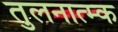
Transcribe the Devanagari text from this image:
तुलनात्म्क